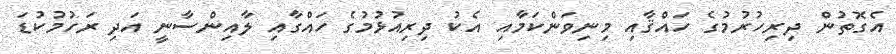
އެގޮތުން ދިރިހުރުމުގެ ހައްޤާއި މިނިވަންކަމާއި އެކު ދިރިއުޅުމުގެ ހައްގާއި ލާއިންސާނީ އަދި ރަހުމުކުޑަ